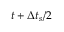
t + \Delta t _ { s } / 2